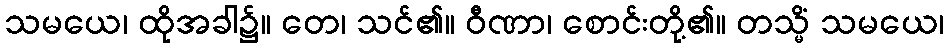
သမယေ၊ ထိုအခါ၌။ တေ၊ သင်၏။ ဝီဏာ၊ စောင်းတို့၏။ တသ္မိံ သမယေ၊